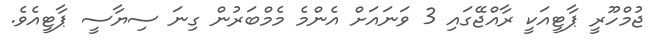
ޖުމްހޫރީ ޕާޓީއަކީ ރާއްޖޭގައި 3 ވަނައަށް އެންމެ މެމްބަރުން ގިނަ ސިޔާސީ ޕާޓީއެވެ.